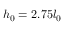
h _ { 0 } = 2 . 7 5 l _ { 0 }